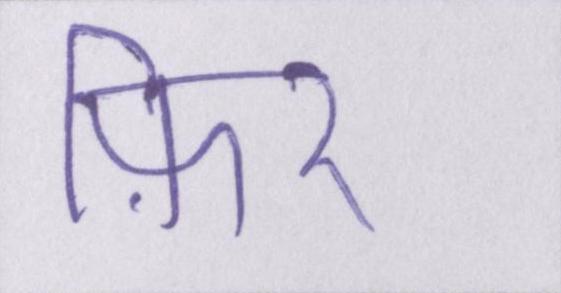
फ़िर